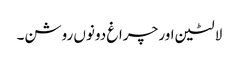
لالٹین اور چراغ دونوں روشن۔